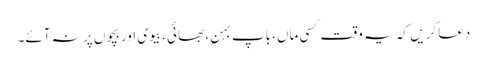
دعا کریں کہ یہ وقت کسی ماں، باپ بہن، بھائی، بیوی اور بچوں پر نہ آئے۔